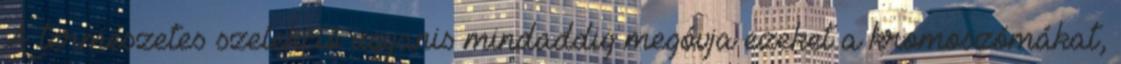
A természetes szelekció ugyanis mindaddig megóvja ezeket a kromoszómákat,